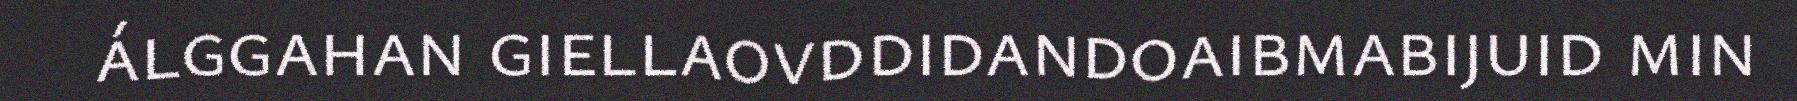
álggahan giellaovddidandoaibmabijuid min